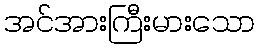
အင်အားကြီးမားသော